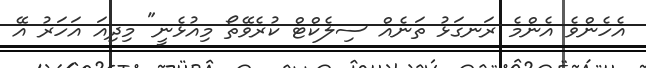
އެހެންވެ އެންމެ ރަނގަޅު ތަނެއް ސިލެކްޓް ކުރެވޭތޯ މިއުޅެނީ" މިދިއަ އަހަރު އޭ